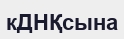
кДНҚсына